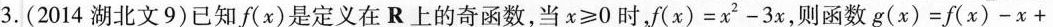
3. ( 2014 湖北文 9 )已知 f(x) 是定义在 R 上的奇函数，当 $$x ≥ 0$$ 时，$$f ( x ) = x ^ { 2 } - 3 x$$，则函数 $$g ( x ) = f ( x ) - x +